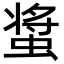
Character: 螀